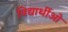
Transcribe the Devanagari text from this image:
विद्यार्थीओं